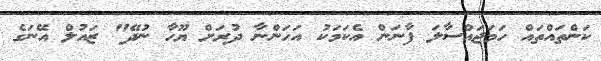
ކަންތައްތައް ހަމަޖައްސާލަ ފާނަން އެކަމަކު އަހަންނާ ދުރަށް ޔޫހާ ނުދޭ" ޒައުލް އޭނަގެ